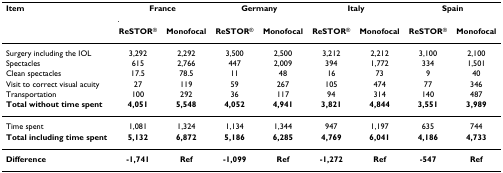
<table><thead><tr><td><b>Item</b></td><td colspan="2"><b>France</b></td><td colspan="2"><b>Germany</b></td><td colspan="2"><b>Italy</b></td><td colspan="2"><b>Spain</b></td></tr><tr><td></td><td><b>ReSTOR<sup>®</sup></b></td><td><b>Monofocal</b></td><td><b>ReSTOR<sup>®</sup></b></td><td><b>Monofocal</b></td><td><b>ReSTOR<sup>®</sup></b></td><td><b>Monofocal</b></td><td><b>ReSTOR<sup>®</sup></b></td><td><b>Monofocal</b></td></tr></thead><tbody><tr><td>Surgery including the IOL</td><td>3,292</td><td>2,292</td><td>3,500</td><td>2,500</td><td>3,212</td><td>2,212</td><td>3,100</td><td>2,100</td></tr><tr><td>Spectacles</td><td>615</td><td>2,766</td><td>447</td><td>2,009</td><td>394</td><td>1,772</td><td>334</td><td>1,501</td></tr><tr><td>Clean spectacles</td><td>17.5</td><td>78.5</td><td>11</td><td>48</td><td>16</td><td>73</td><td>9</td><td>40</td></tr><tr><td>Visit to correct visual acuity</td><td>27</td><td>119</td><td>59</td><td>267</td><td>105</td><td>474</td><td>77</td><td>346</td></tr><tr><td>Transportation</td><td>100</td><td>292</td><td>36</td><td>117</td><td>94</td><td>314</td><td>140</td><td>487</td></tr><tr><td><b>Total without time spent</b></td><td><b>4,051</b></td><td><b>5,548</b></td><td><b>4,052</b></td><td><b>4,941</b></td><td><b>3,821</b></td><td><b>4,844</b></td><td><b>3,551</b></td><td><b>3,989</b></td></tr><tr><td>Time spent</td><td>1,081</td><td>1,324</td><td>1,134</td><td>1,344</td><td>947</td><td>1,197</td><td>635</td><td>744</td></tr><tr><td><b>Total including time spent</b></td><td><b>5,132</b></td><td><b>6,872</b></td><td><b>5,186</b></td><td><b>6,285</b></td><td><b>4,769</b></td><td><b>6,041</b></td><td><b>4,186</b></td><td><b>4,733</b></td></tr><tr><td><b>Difference </b></td><td><b>-1,741</b></td><td><b>Ref</b></td><td><b>-1,099</b></td><td><b>Ref</b></td><td><b>-1,272</b></td><td><b>Ref</b></td><td><b>-547</b></td><td><b>Ref</b></td></tr></tbody></table>